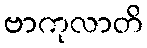
ဗာကုလာတိ